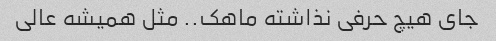
جای هیچ حرفی نذاشته ماهک.. مثل همیشه عالی